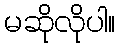
မဆိုလိုပါ။